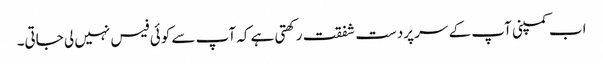
اب کمپنی آپ کے سر پردست شفقت رکھتی ہے کہ آپ سے کوئی فیس نہیں لی جاتی۔